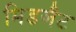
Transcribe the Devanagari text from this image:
मिडजैट